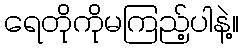
ရေတိုကိုမကြည့်ပါနဲ့။